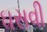
ઘસવી